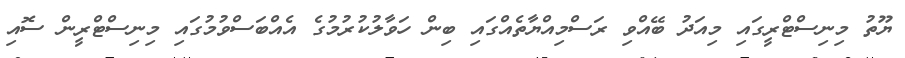
ޔޫތު މިނިސްޓްރީގައި މިއަދު ބޭއްވި ރަސްމިއްޔާތެއްގައި ބިން ހަވާލުކުރުމުގެ އެއްބަސްވުމުގައި މިނިސްޓްރީން ސޮއި